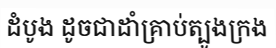
ដំបូង ដូចជាដាំគ្រាប់ត្បូងក្រង